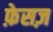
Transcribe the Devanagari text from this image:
फ़ेसज़